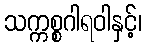
သက္ကစ္စဂါရဝါနှင့်၊